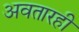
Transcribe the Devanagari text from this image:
अवतारही